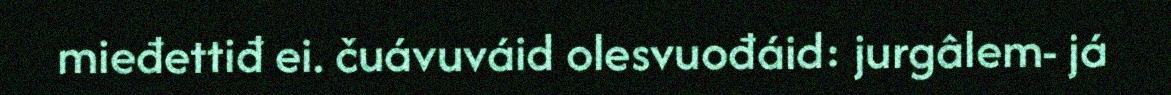
mieđettiđ ei. čuávuváid olesvuođáid: jurgâlem- já